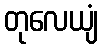
တုလေယျံ